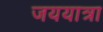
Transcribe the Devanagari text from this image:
जययात्रा